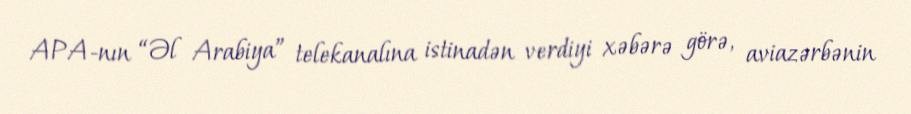
APA-nın “Əl Arabiya” telekanalına istinadən verdiyi xəbərə görə, aviazərbənin